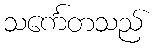
သင်္ကေတသည်